Civil Veterinary Department ledger series I-VI
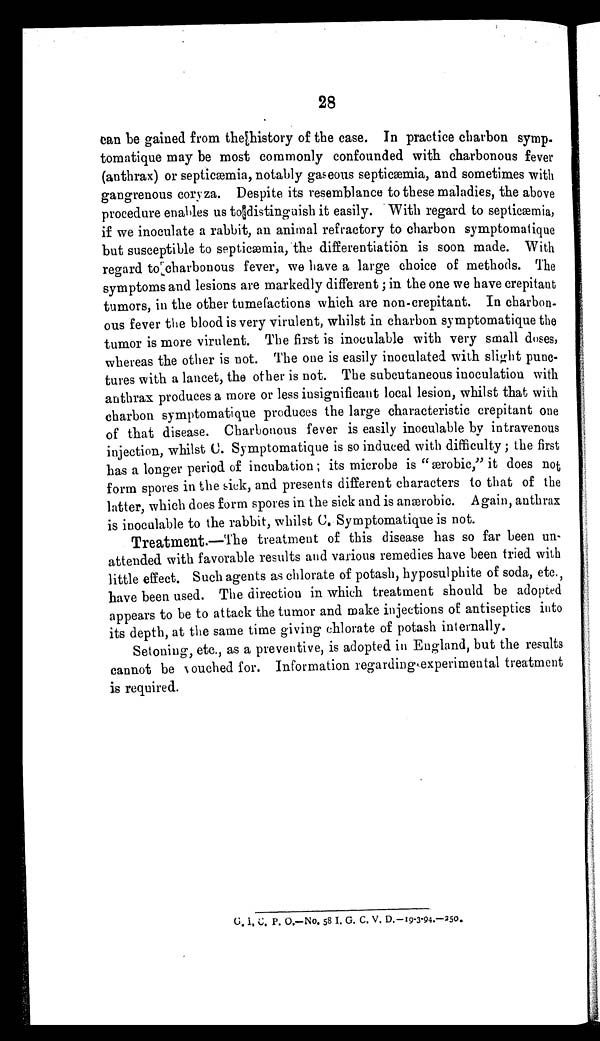
28
can be gained from the history of the case. In practice charbon symp-
tomatique may be most commonly confounded with charbonous fever
(anthrax) or septicæmia, notably gaseous septicæmia, and sometimes with
gangrenous coryza. Despite its resemblance to these maladies, the above
procedure enables us to distinguish it easily. With regard to septicæmia,
if we inoculate a rabbit, an animal refractory to charbon symptomatique
but susceptible to septicæmia, the differentiation is soon made. With
regard to charbonous fever, we have a large choice of methods. The
symptoms and lesions are markedly different; in the one we have crepitant
tumors, in the other tumefactions which are non-crepitant. In charbon-
ous fever the blood is very virulent, whilst in charbon symptomatique the
tumor is more virulent. The first is inculable with very small doses,
whereas the other is not. The one is easily inoculated with slight punc-
tures with a lancet, the other is not. The subcutaneous inoculation with
anthrax produces a more or less insignificant local lesion, whilst that with
charbon symptomatique produces the large characteristic crepitant one
of that disease. Charbonous fever is easily inoculable by intravenous
injection, whilst C. Symptomatique is so induced with difficulty; the first
has a longer period of incubation; its microbe is "ærobic,'' it does not
form spores in the sick, and presents different characters to that of the
latter, which does form spores in the sick and is anærobic. Again, anthrax
is inoculable to the rabbit, whilst C. Symptomatique is not.
Treatment.—The treatment of this disease has so far been un-
attended with favorable results and various remedies have been tried with
little effect. Such agents as chlorate of potash, hyposulphite of soda, etc.,
have been used. The direction in which treatment should be adopted
appears to be to attack the tumor and make injections of antiseptics into
its depth, at the same time giving chlorate of potash internally.
Setoning, etc., as a preventive, is adopted in England, but the results
cannot be vouched for. Information regarding experimental treatment
is required.